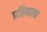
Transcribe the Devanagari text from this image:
प्रतिमाला